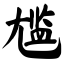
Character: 尴